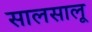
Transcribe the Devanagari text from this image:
सालसालू